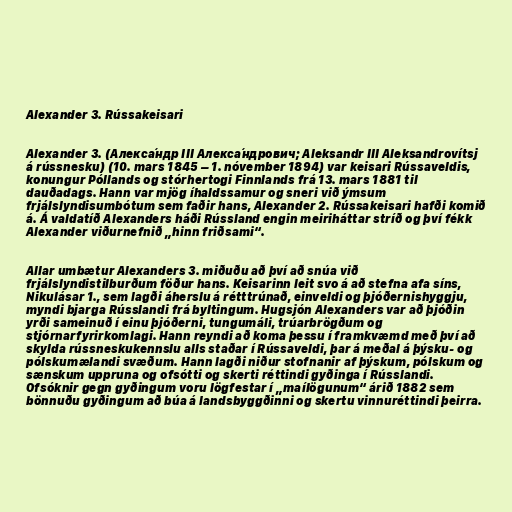
Alexander 3. Rússakeisari

Alexander 3. (Алекса́ндр III Алекса́ндрович; Aleksandr III Aleksandrovítsj
á rússnesku) (10. mars 1845 – 1. nóvember 1894) var keisari Rússaveldis,
konungur Póllands og stórhertogi Finnlands frá 13. mars 1881 til
dauðadags. Hann var mjög íhaldssamur og sneri við ýmsum
frjálslyndisumbótum sem faðir hans, Alexander 2. Rússakeisari hafði komið
á. Á valdatíð Alexanders háði Rússland engin meiriháttar stríð og því fékk
Alexander viðurnefnið „hinn friðsami“.

Allar umbætur Alexanders 3. miðuðu að því að snúa við
frjálslyndistilburðum föður hans. Keisarinn leit svo á að stefna afa síns,
Nikulásar 1., sem lagði áherslu á rétttrúnað, einveldi og þjóðernishyggju,
myndi bjarga Rússlandi frá byltingum. Hugsjón Alexanders var að þjóðin
yrði sameinuð í einu þjóðerni, tungumáli, trúarbrögðum og
stjórnarfyrirkomlagi. Hann reyndi að koma þessu í framkvæmd með því að
skylda rússneskukennslu alls staðar í Rússaveldi, þar á meðal á þýsku- og
pólskumælandi svæðum. Hann lagði niður stofnanir af þýskum, pólskum og
sænskum uppruna og ofsótti og skerti réttindi gyðinga í Rússlandi.
Ofsóknir gegn gyðingum voru lögfestar í „maílögunum“ árið 1882 sem
bönnuðu gyðingum að búa á landsbyggðinni og skertu vinnuréttindi þeirra.